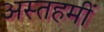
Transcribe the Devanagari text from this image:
अस्तहमीं